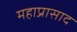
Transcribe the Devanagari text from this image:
महाप्रासाद